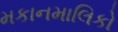
મકાનમાલિકો